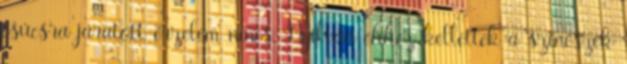
csúcsra járatott érzelem nincs. Nyilván ehhez kellettek a színészek